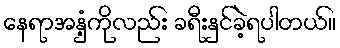
နေရာအနှံ့ကိုလည်း ခရီးနှင်ခဲ့ရပါတယ်။